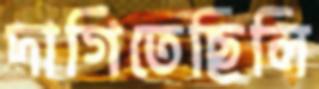
দাগিতেছিলি